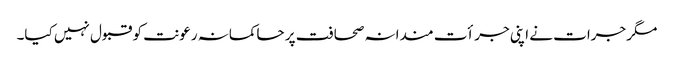
مگر جرات نے اپنی جرأت مندانہ صحافت پر حاکمانہ رعونت کو قبول نہیں کیا۔